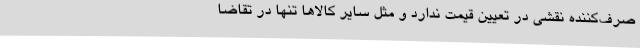
صرف‌کننده نقشی در تعیین قیمت ندارد و مثل سایر کالاها تنها در تقاضا